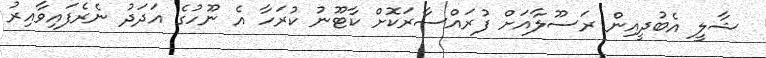
ޝާލީ އެބުދީއިން ރަސޫލާއަށް ފުރައްސާރަކޮށް ކާޓޫނު ކުރަހާ އެ ނޫހުގެ އަދަދު ނެރެފައިވާއިރު